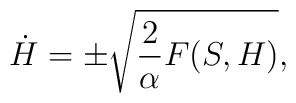
\dot H  = \pm \sqrt{{2\over \alpha} F(S,H)},